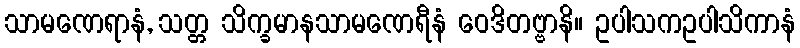
သာမဏေရာနံ, သတ္တ သိက္ခမာနသာမဏေရီနံ ဝေဒိတဗ္ဗာနိ။ ဥပါသကဥပါသိကာနံ